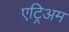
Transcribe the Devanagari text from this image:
एट्रिअम